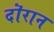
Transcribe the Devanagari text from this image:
दॊरान